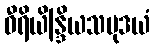
ဝီရိယိန္ဒြိယသမုဒယံ